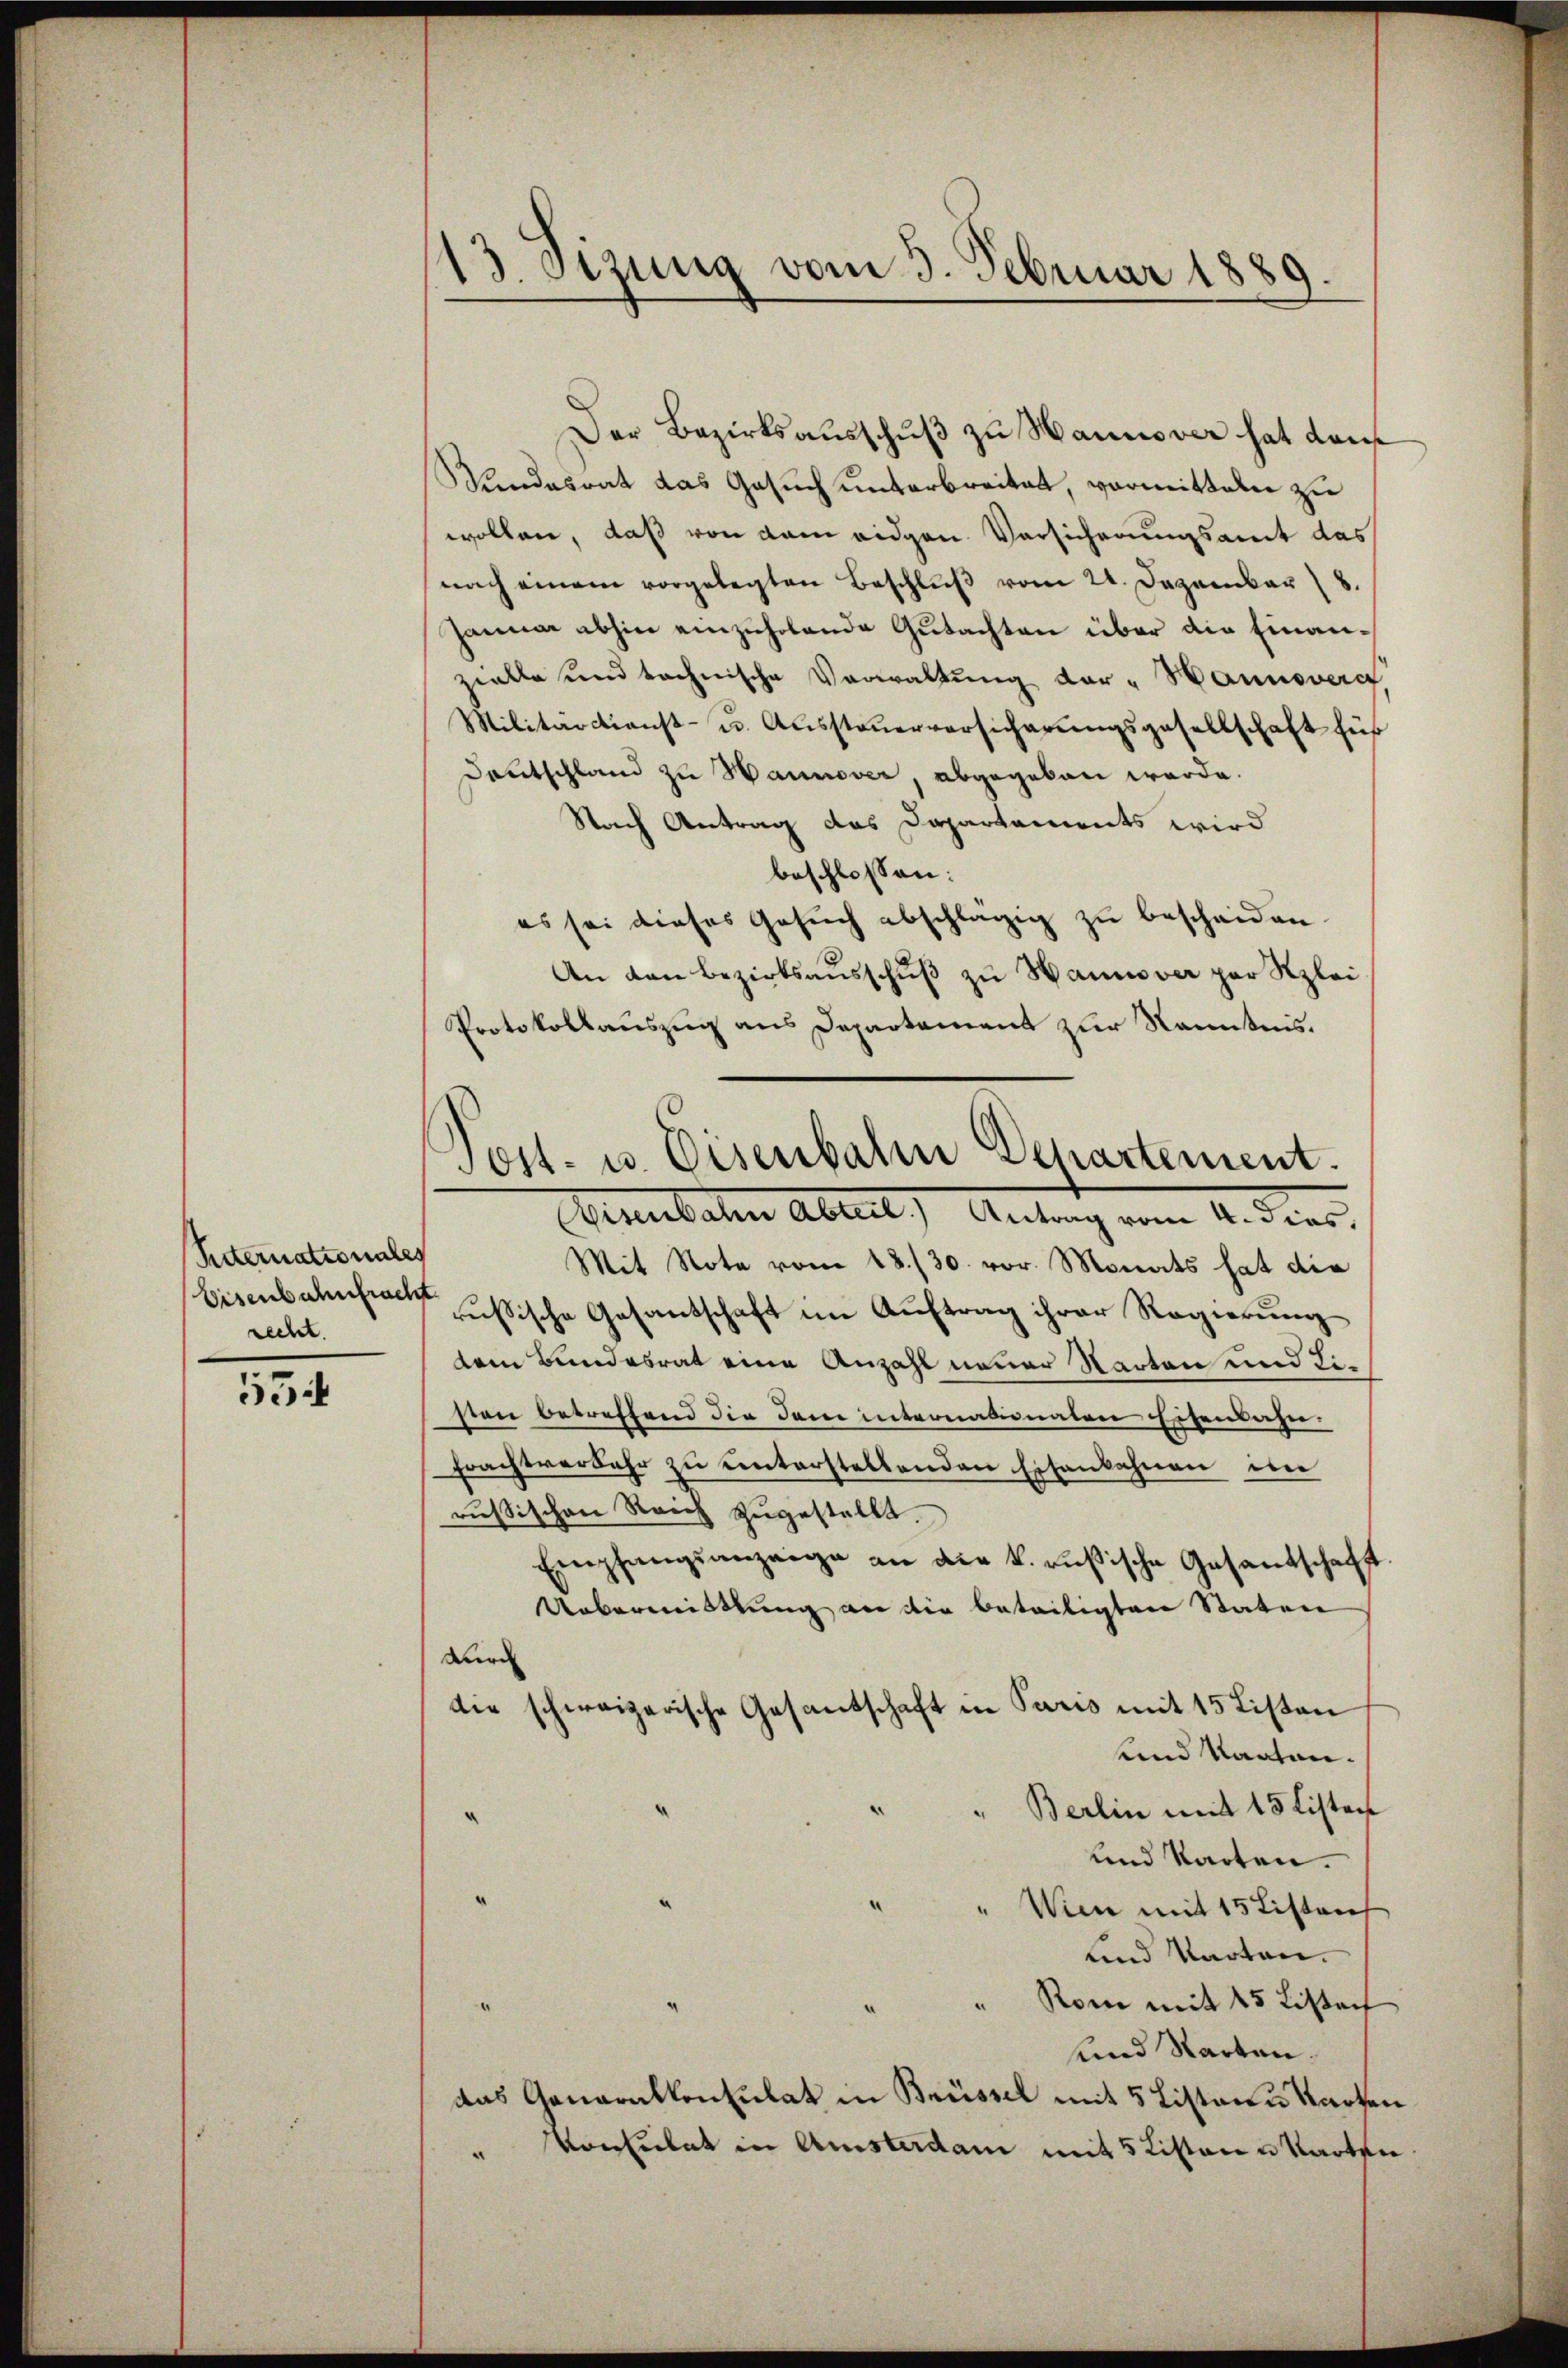
Reternationales
recht.

554

13. Sizung vom 3. Februar 1889.

Sundesrat das Gesuch unterbreitet, vormitteln zu
wollen, daß von dem eidgen. Vorsicherungsamt das
nach einem vorgelegten Beschlŭβ vom 21. Dezember 8.
Januar abhin einzuholende Gutachten über die Finanzielle und technische Verwaltung der „Hannovera
Militärdienst- u. Aussteŭerversicherungsgesellschaft für
Deutschland zu Hannover, abgegeben werde.
Nach Antrag das Departements wird
beschlossen:
es sei dieses Gesŭch abschlägig zu bescheiden.
An den Bezirksausschuß zu Hannover par Klei
Protokollauszug aus Departement zur Kenntnis.

Der Bezirksausschuß zu Hannover hat dans

Post- u. Eisenbahn Departement.
Minutalen Abteil, Antrag vom 4. dies

Mit Note vom 18./30. vor. Monats hat die
bisenbahnfant assische Gesandschaft im Auftrag ihrer Regierung
tem Bundesrat eine Anzahl neuer Starten und Listen betreffend die dem internationaten Eisenbahn.
Erachtverkehr zu unterstellenden Eisenbahnen im
rußischen Reich zugestellt.
Empfangsanzeige an die k. rusische Gesandschafft.
Uebermittlung an die beteiligten Staten
durc
die schweizerische Gesantschaft in Paris mit 15 Listen
und Karten.
Berlin mit 15 Listen
“
und Karten.
" Wien mit 15 Listen
Lind Karten.
Rom mit 45 Listen
und Karten.
das Generalkonsulat in Brüssel mit 5 Listen u Karten
onheitet in Amsterdam mit 5 Listen u Karten.
u